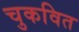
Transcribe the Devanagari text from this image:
चुकवित